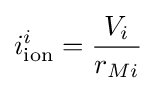
i_{\text{ion}}^{i}={\frac {V_{i}}{r_{Mi}}}